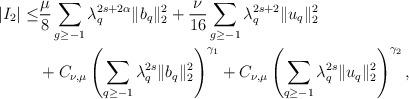
LaTeX: \begin{align*}|I_{2}|\leq &\frac{\mu}{8}\sum_{g\geq -1}\lambda_q^{2s+2\alpha}\|b_q\|_2^2+\frac{\nu}{16}\sum_{g\geq -1}\lambda_q^{2s+2}\|u_q\|_2^2\\&+C_{\nu,\mu}\left(\sum_{q\geq -1}\lambda_q^{2s}\|b_q\|_2^2\right)^{\gamma_1}+C_{\nu,\mu}\left(\sum_{q\geq -1}\lambda_q^{2s}\|u_q\|_2^2\right)^{\gamma_2},\end{align*}